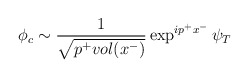
\begin{align*}\phi_{c} \sim\frac1{\sqrt{p^+ vol(x^-)}} \exp^{ip^+ x^-}\psi_T \end{align*}